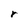
Character: r